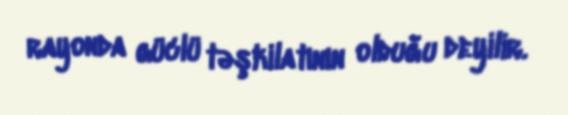
rayonda güclü təşkilatının olduğu deyilir.